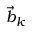
\Vec { b } _ { k }